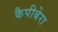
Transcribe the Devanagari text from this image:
कैपीबेरा